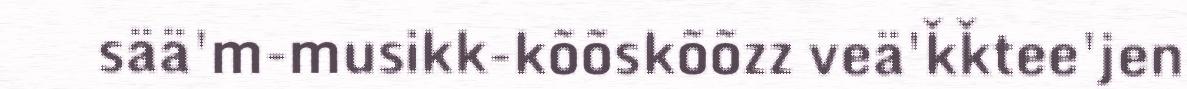
sää'm-musikk-kõõskõõzz veä'ǩǩtee'jen